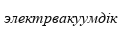
электрвакуумдік